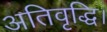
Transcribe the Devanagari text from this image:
अतिवृद्धि।